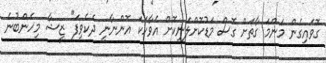
ގޮވައިގެން މަންމަ ގާތަށް ގޮސް މަޑުކޮށްލަނިކޮށް އެވާހަކަ އޮންނާނީ ދެކެވިފަ" ޒީޝާ މިހެންބުނެ